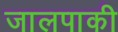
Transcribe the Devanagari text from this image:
जालपाकी